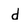
Character: d